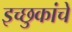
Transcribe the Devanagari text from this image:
इच्छुकांचे